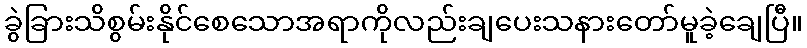
ခွဲခြားသိစွမ်းနိုင်စေသောအရာကိုလည်းချပေးသနားတော်မူခဲ့ချေပြီ။